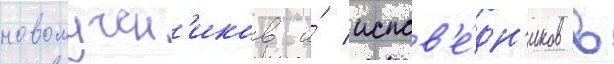
новомучен'иков и́ испов'е́дн'иков в